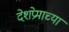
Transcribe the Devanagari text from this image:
देशप्रेमाच्या